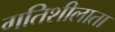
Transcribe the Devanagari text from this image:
गतिशीलाता